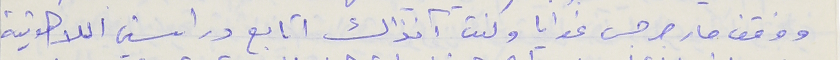
ووقف مار جرجس غوايا وكنت آنذاك اتابع دراستي اللاهوتية